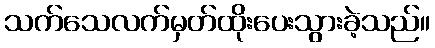
သက်သေလက်မှတ်ထိုးပေးသွားခဲ့သည်။